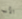
الأب